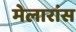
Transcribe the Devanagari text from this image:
मेलारांस